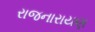
રાજનારાયણ